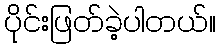
ပိုင်းဖြတ်ခဲ့ပါတယ်။